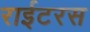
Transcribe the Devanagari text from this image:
राईटरस